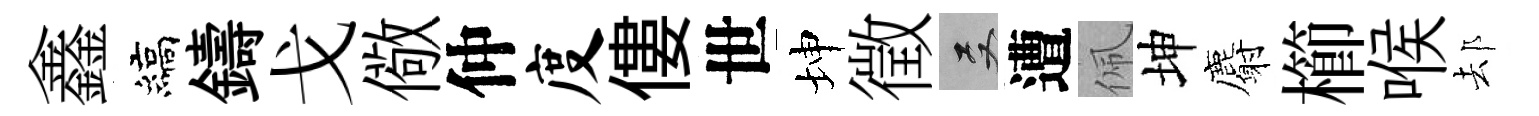
鑫縞鑄戈儆仲度僂世坤徵双遭佩坤麝櫛喉𨚫